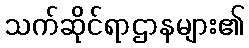
သက်ဆိုင်ရာဌာနများ၏